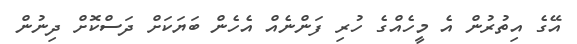
އޭގެ އިތުރުން އެ މީހެއްގެ ހުރި ފަންނެއް އެހެން ބަޔަކަށް ދަސްކޮށް ދިނުން